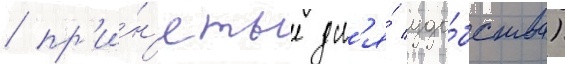
/ пр'и́н'ятые дл'я́ удо́бства)